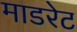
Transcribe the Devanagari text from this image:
माडरेट